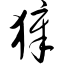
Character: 獐